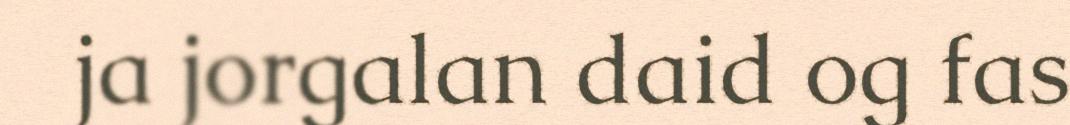
ja jorgalan daid og fas